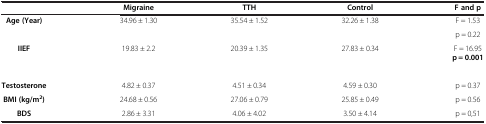
<table><thead><tr><td><b> </b></td><td><b>Migraine</b></td><td><b>TTH</b></td><td><b>Control</b></td><td><b>F and p</b></td></tr></thead><tbody><tr><td rowspan="2"><b>Age (Year)</b></td><td rowspan="2">34.96 ± 1.30</td><td rowspan="2">35.54 ± 1.52</td><td rowspan="2">32.26 ± 1.38</td><td>F = 1.53</td></tr><tr><td>p = 0.22</td></tr><tr><td rowspan="2"><b>IIEF</b></td><td rowspan="2">19.83 ± 2.2</td><td rowspan="2">20.39 ± 1.35</td><td rowspan="2">27.83 ± 0.34</td><td>F = 16.95<b>p = 0.001</b></td></tr><tr><td> </td></tr><tr><td><b>Testosterone</b></td><td>4.82 ± 0.37</td><td>4.51 ± 0.34</td><td>4.59 ± 0.30</td><td>p = 0.37</td></tr><tr><td><b>BMI (kg/m</b><sup><b>2</b></sup><b>)</b></td><td>24.68 ± 0.56</td><td>27.06 ± 0.79</td><td>25.85 ± 0.49</td><td>p = 0.56</td></tr><tr><td><b>BDS</b></td><td>2.86 ± 3.31</td><td>4.06 ± 4.02</td><td>3.50 ± 4.14</td><td>p = 0,51</td></tr></tbody></table>